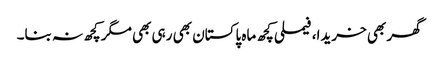
گھر بھی خریدا، فیملی کچھ ماہ پاکستان بھی رہی بھی مگر کچھ نہ بنا۔